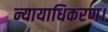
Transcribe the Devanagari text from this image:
न्यायाधिकरण।